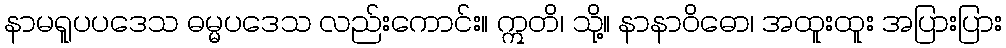
နာမရူပပဒေသ ဓမ္မပဒေသ လည်းကောင်း။ ဣတိ၊ သို့။ နာနာဝိဓော၊ အထူးထူး အပြားပြား